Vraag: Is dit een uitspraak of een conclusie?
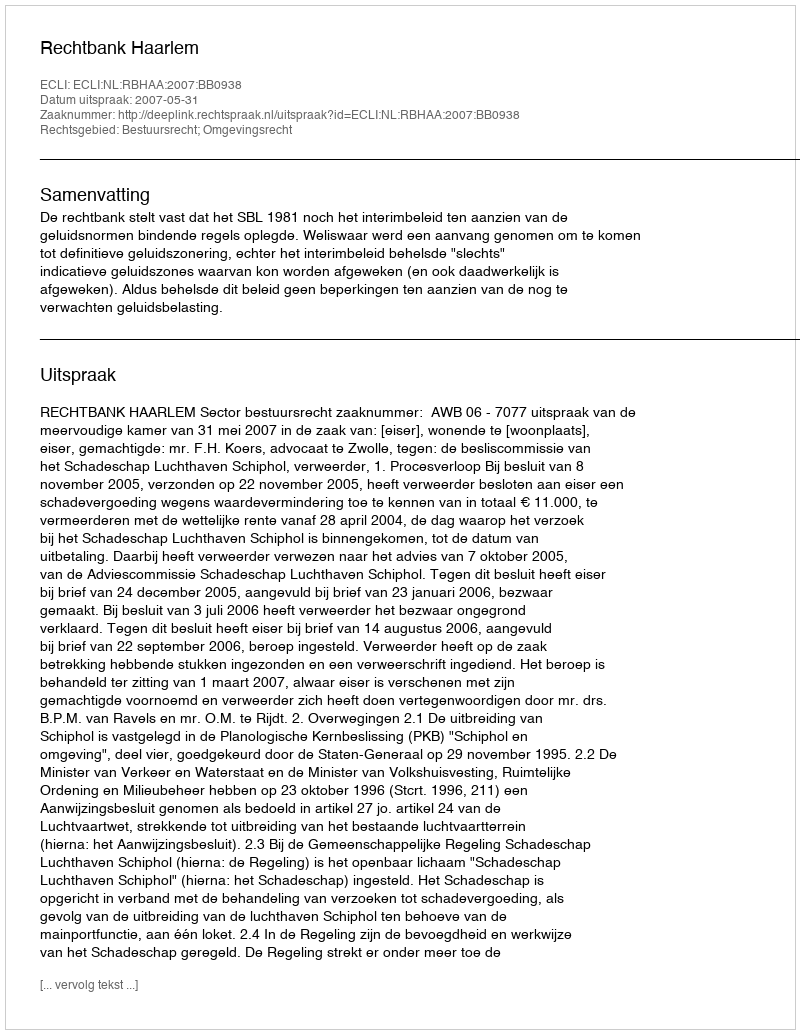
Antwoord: Uitspraak